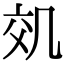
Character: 𠙇